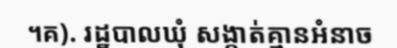
។គ). រដ្ឋបាលឃុំ សង្កាត់គ្មានអំនាច